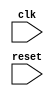
module ahb_controller(
    input wire clk,
    input wire reset,
    // other input and output ports for data transfer, arbitration, error checking, etc.
    // define your signals here
);

    // Define logic for generating and synchronizing clock signals
    wire clk_generated;
    // Define logic for handling data transfers between devices
    // Define logic for managing bus arbitration and prioritization
    // Define logic for implementing error checking and correction mechanisms
    
    // Controller ensures proper timing and data integrity
    // Define your code here to achieve the desired functionality

endmodule